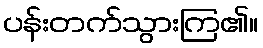
ပန်းတက်သွားကြ၏။